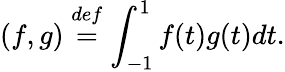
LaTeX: (f,g)\overset{def}{=}\int_{-1}^{1}f(t)g(t)dt.